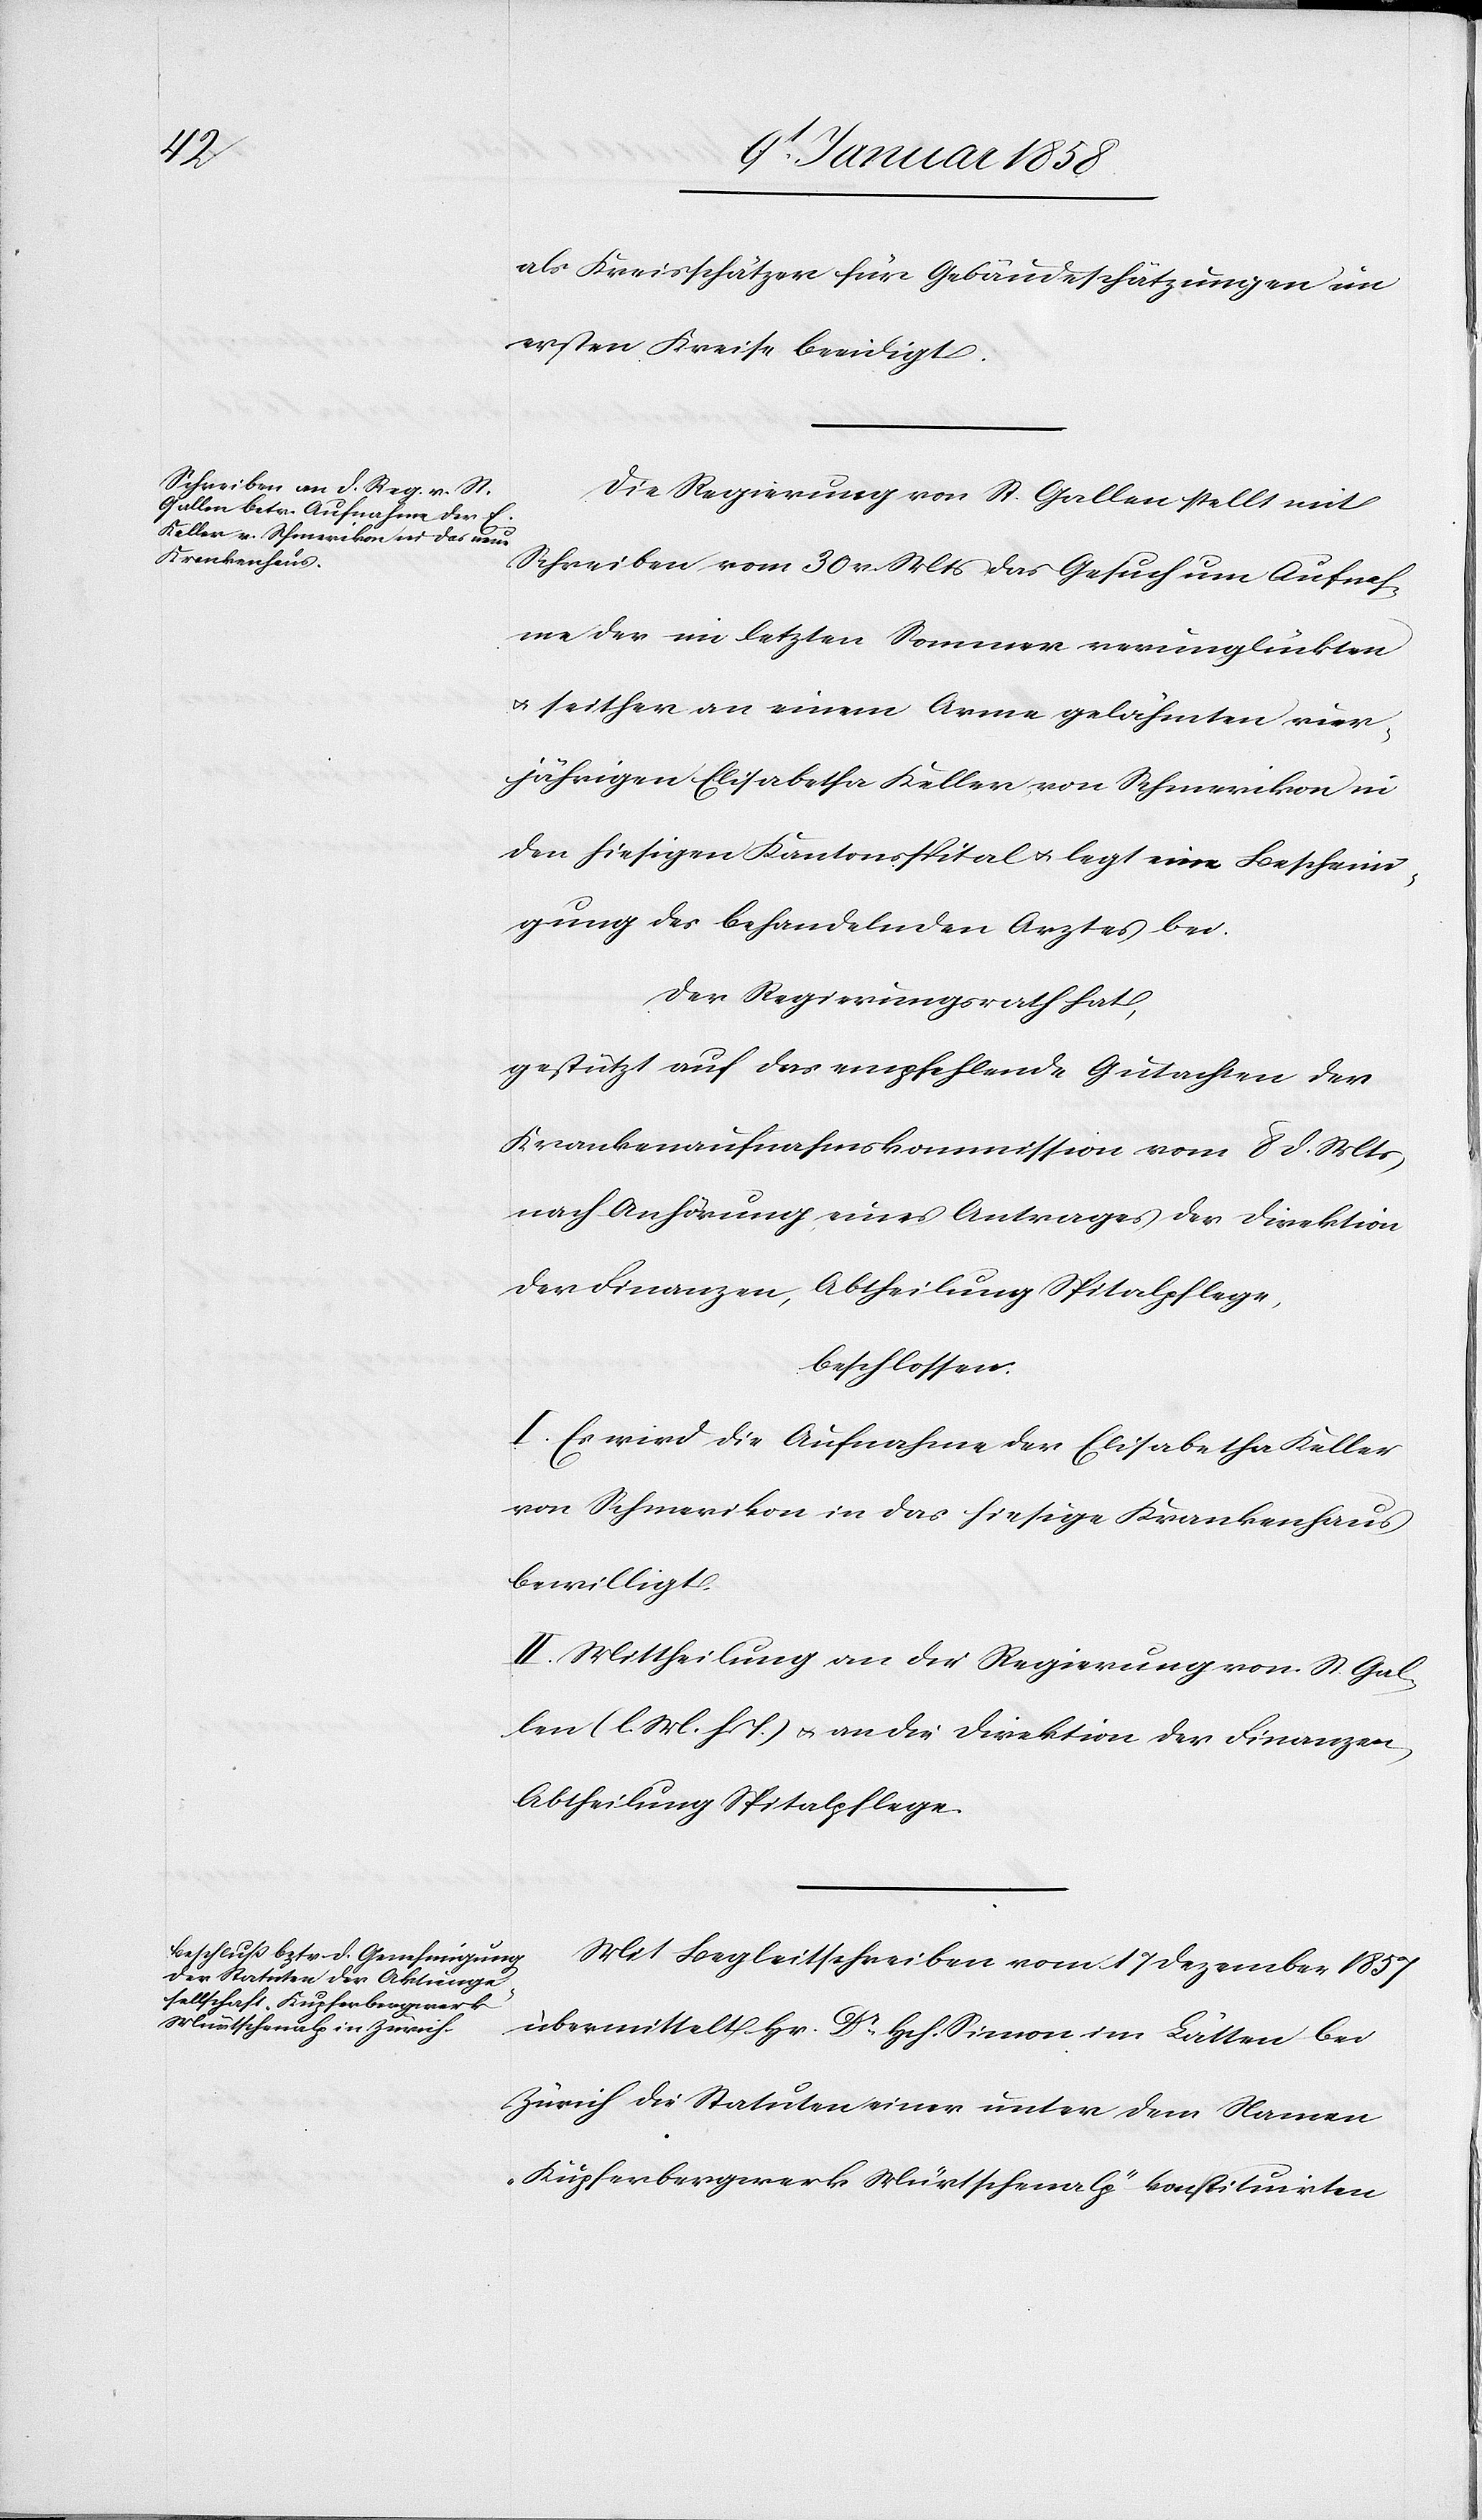
als Kreisschätzer für Gebäudeschätzungen im
ersten Kreise beeidigt.
Die Regierung von St. Gallen stellt mit
Schreiben vom 30 v. Mts das Gesuch um Aufnah¬
me der im letzten Sommer verunglückten
u. seither an einem Arme gelähmten vier¬
jährigen Elisabetha Keller von Schmerikon in
den hiesigen Kantonsspital u. legt eine Bescheini¬
gung des behandelnden Arztes bei.
Der Regierungsrath hat,
gestützt auf das empfehlende Gutachten der
Krankenaufnahmskommission vom 8 d. Mts
nach Anhörung eines Antrages der Direktion
der Finanzen, Abtheilung Spitalpflege,
beschlossen:
I. Es wird die Aufnahme der Elisabetha Keller
von Schmerikon in das hiesige Krankenhaus
bewilligt.
II. Mittheilung an die Regierung von St. Gal¬
len (l. M. h T.) u. an die Direktion der Finanzen,
Abtheilung Spitalpflege.
Mit Begleitschreiben vom 17 Dezember 1857
übermittelt Hr. Dr. Hch. Simon im Lätten bei
Zürich die Statuten einer unter dem Namen
„Kupferbergwerk Mürtschenalp“ konstituirten